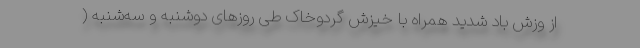
از وزش باد شدید همراه با خیزش گردوخاک طی روزهای دوشنبه و سه‌شنبه (